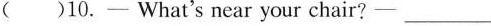
( )10.- What's near your chair?- ___